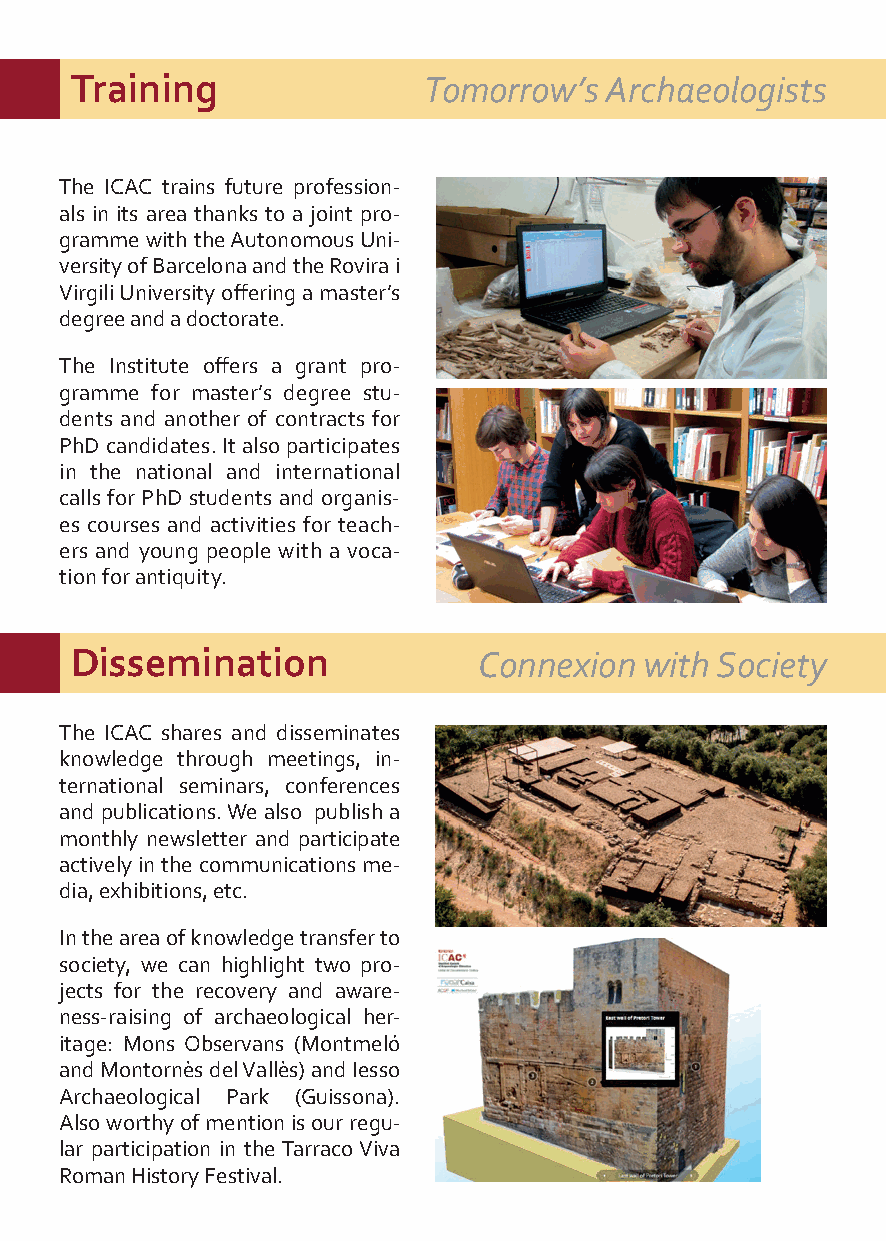
Training               Tomorrow’s  Archaeologists
 The ICAC trains future profession-
 als in its area thanks to a joint pro-
 gramme with the Autonomous Uni-
 versity of Barcelona and the Rovira i
 Virgili University offering a master’s
 degree and a doctorate.
 The Institute offers a grant pro-
 gramme for master’s degree stu-
 dents and another of contracts for
 PhD candidates. It also participates
 in the national and international
 calls for PhD students and organis-
 es courses and activities for teach-
 ers and young people with a voca-
 tion for antiquity.
 Dissemination              Connexion  with Society
 The ICAC shares and disseminates
 knowledge through meetings, in-
 ternational seminars, conferences
 and publications. We also publish a
 monthly newsletter and participate
 actively in the communications me-
 dia, exhibitions, etc.
 In the area of knowledge transfer to
 society, we can highlight two pro-
 jects for the recovery and aware-
 ness-raising of archaeological her-
 itage: Mons Observans (Montmeló
 and Montornès del Vallès) and Iesso
 Archaeological Park (Guissona).
 Also worthy of mention is our regu-
 lar participation in the Tarraco Viva
 Roman History Festival.